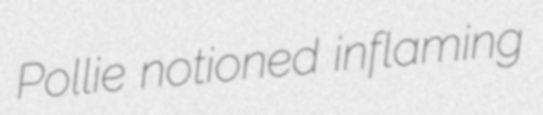
Pollie notioned inflaming